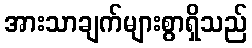
အားသာချက်များစွာရှိသည်